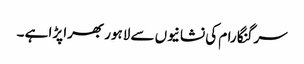
سرگنگا رام کی نشانیوں سے لاہور بھرا پڑا ہے ۔